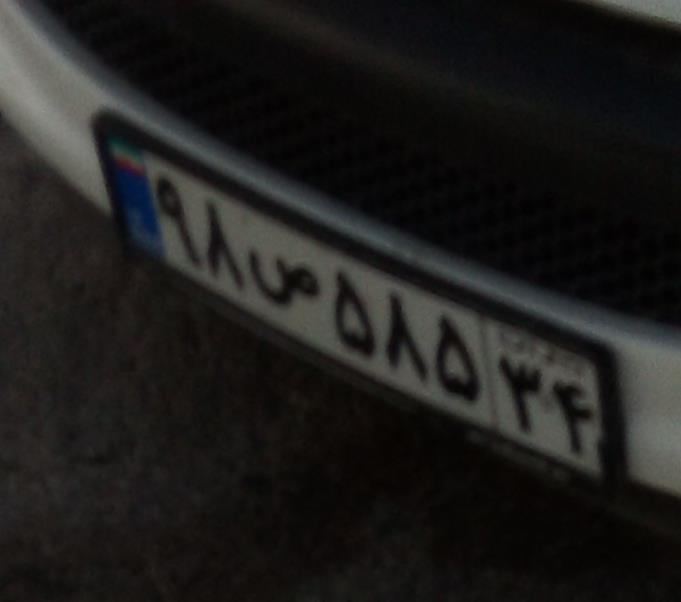
۹۸ص۵۸۵۳۴